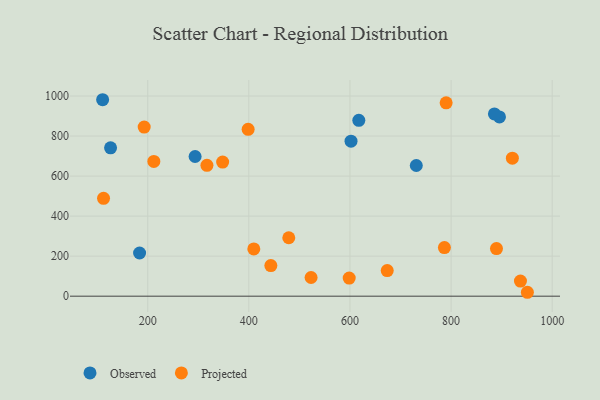
{"axis": {"x": "Ad Spend", "y": "Profit"}, "legend": ["Observed", "Projected"], "data": [{"x": "617.5", "y": 878.6, "type": "Observed"}, {"x": "731.2", "y": 653.0, "type": "Observed"}, {"x": "895.7", "y": 895.7, "type": "Observed"}, {"x": "602.1", "y": 774.5, "type": "Observed"}, {"x": "183.9", "y": 215.6, "type": "Observed"}, {"x": "110.8", "y": 981.5, "type": "Observed"}, {"x": "885.7", "y": 910.8, "type": "Observed"}, {"x": "126.5", "y": 741.3, "type": "Observed"}, {"x": "293.7", "y": 697.9, "type": "Observed"}, {"x": "193.0", "y": 844.8, "type": "Projected"}, {"x": "790.2", "y": 966.0, "type": "Projected"}, {"x": "921.2", "y": 689.5, "type": "Projected"}, {"x": "317.1", "y": 653.7, "type": "Projected"}, {"x": "348.2", "y": 669.8, "type": "Projected"}, {"x": "479.0", "y": 292.0, "type": "Projected"}, {"x": "937.2", "y": 75.7, "type": "Projected"}, {"x": "443.5", "y": 153.0, "type": "Projected"}, {"x": "409.8", "y": 236.2, "type": "Projected"}, {"x": "112.6", "y": 488.9, "type": "Projected"}, {"x": "950.9", "y": 19.5, "type": "Projected"}, {"x": "786.8", "y": 243.0, "type": "Projected"}, {"x": "398.6", "y": 833.8, "type": "Projected"}, {"x": "598.5", "y": 90.6, "type": "Projected"}, {"x": "673.7", "y": 127.8, "type": "Projected"}, {"x": "212.1", "y": 673.3, "type": "Projected"}, {"x": "889.8", "y": 237.6, "type": "Projected"}, {"x": "523.1", "y": 93.3, "type": "Projected"}]}